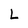
Character: L